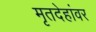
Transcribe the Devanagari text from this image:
मृतदेहांवर